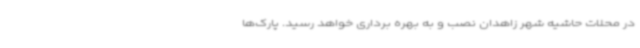
در محلات حاشیه شهر زاهدان نصب و به بهره برداری خواهد رسید. پارک‌ها